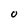
Character: O